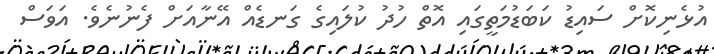
އުޅެނިކޮށް ސައިޑު ކަބަޑުމަތީގައި އޮތް ހުދު ކުލައިގެ ގަނޑެއް އޭނާއަށް ފެނުނެވެ. އަވަސް